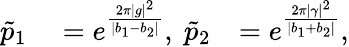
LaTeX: \begin{array}{rlr}{{\tilde{p}}_{1}}&{{}=e^{\frac{2\pi\lvert g\rvert^{2}}{\lvert b_{1}-b_{2}\rvert}},~{\tilde{p}}_{2}}&{=e^{\frac{2\pi\lvert\gamma\rvert^{2}}{\lvert b_{1}+b_{2}\rvert}},}\end{array}